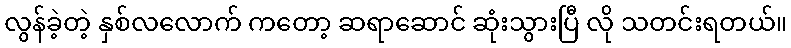
လွန်ခဲ့တဲ့ နှစ်လလောက် ကတော့ ဆရာဆောင် ဆုံးသွားပြီ လို သတင်းရတယ်။